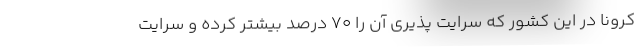
کرونا در این کشور که سرایت پذیری آن را 70 درصد بیشتر کرده و سرایت